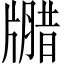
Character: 𪺦